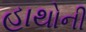
હાથોની